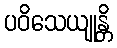
ပဝိသေယျုန္တိ